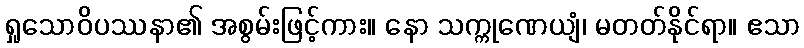
ရှုသောဝိပဿနာ၏ အစွမ်းဖြင့်ကား။ နော သက္ကုဏေယျံ၊ မတတ်နိုင်ရာ။ ဧသာ